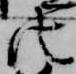
法